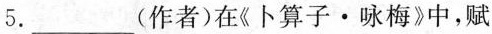
5.___(作者)在《卜算子·咏梅》中，赋